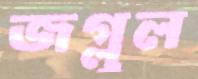
জগ্লুল